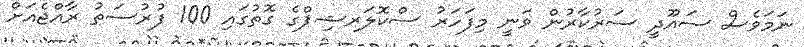
ނަމަވެސް ސައޫދީ ސަރުކާރުން ވަނީ މިފަހަރު ސްކޮލަރޝިޕްގެ ގޮތުގައި 100 ފުރުސަތު ރާއްޖެއަށް